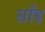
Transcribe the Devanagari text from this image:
साँइ